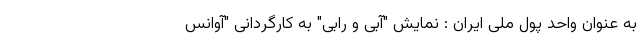
به عنوان واحد پول ملی ایران : نمایش "آبی و رابی" به کارگردانی "آوانس